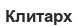
Клитарх